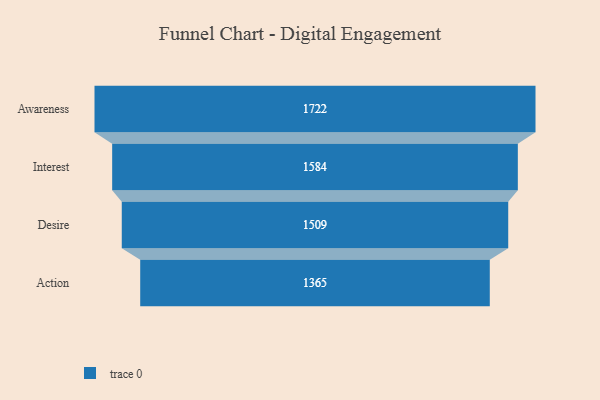
{"axis": {"x": "Stage", "y": "Value"}, "legend": [""], "data": [{"x": "Awareness", "y": 1722.0, "type": ""}, {"x": "Interest", "y": 1584.0, "type": ""}, {"x": "Desire", "y": 1509.0, "type": ""}, {"x": "Action", "y": 1365.0, "type": ""}]}